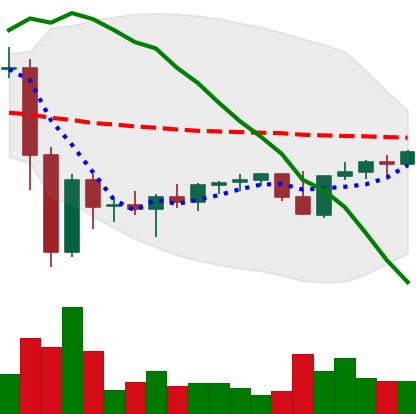
Ticker: XMR-USD
Chart end date: 2022-11-26
Forward return: 3.995%
Label: up_3_5